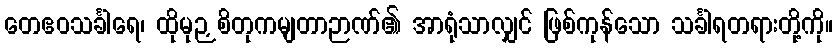
တေဧဝသင်္ခါရေ၊ ထိုမုဉှစိတုကမျတာဉာဏ်၏ အာရုံသာလျှင် ဖြစ်ကုန်သော သင်္ခါရတရားတို့ကို။